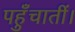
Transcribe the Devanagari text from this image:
पहुँचातीं।